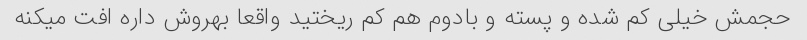
حجمش خیلی کم شده و پسته و بادوم هم کم ریختید واقعا بهروش داره افت میکنه